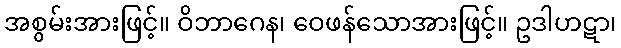
အစွမ်းအားဖြင့်။ ဝိဘာဂေန၊ ဝေဖန်သောအားဖြင့်။ ဥဒါဟဋာ၊